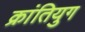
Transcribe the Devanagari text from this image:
क्रांतियुग